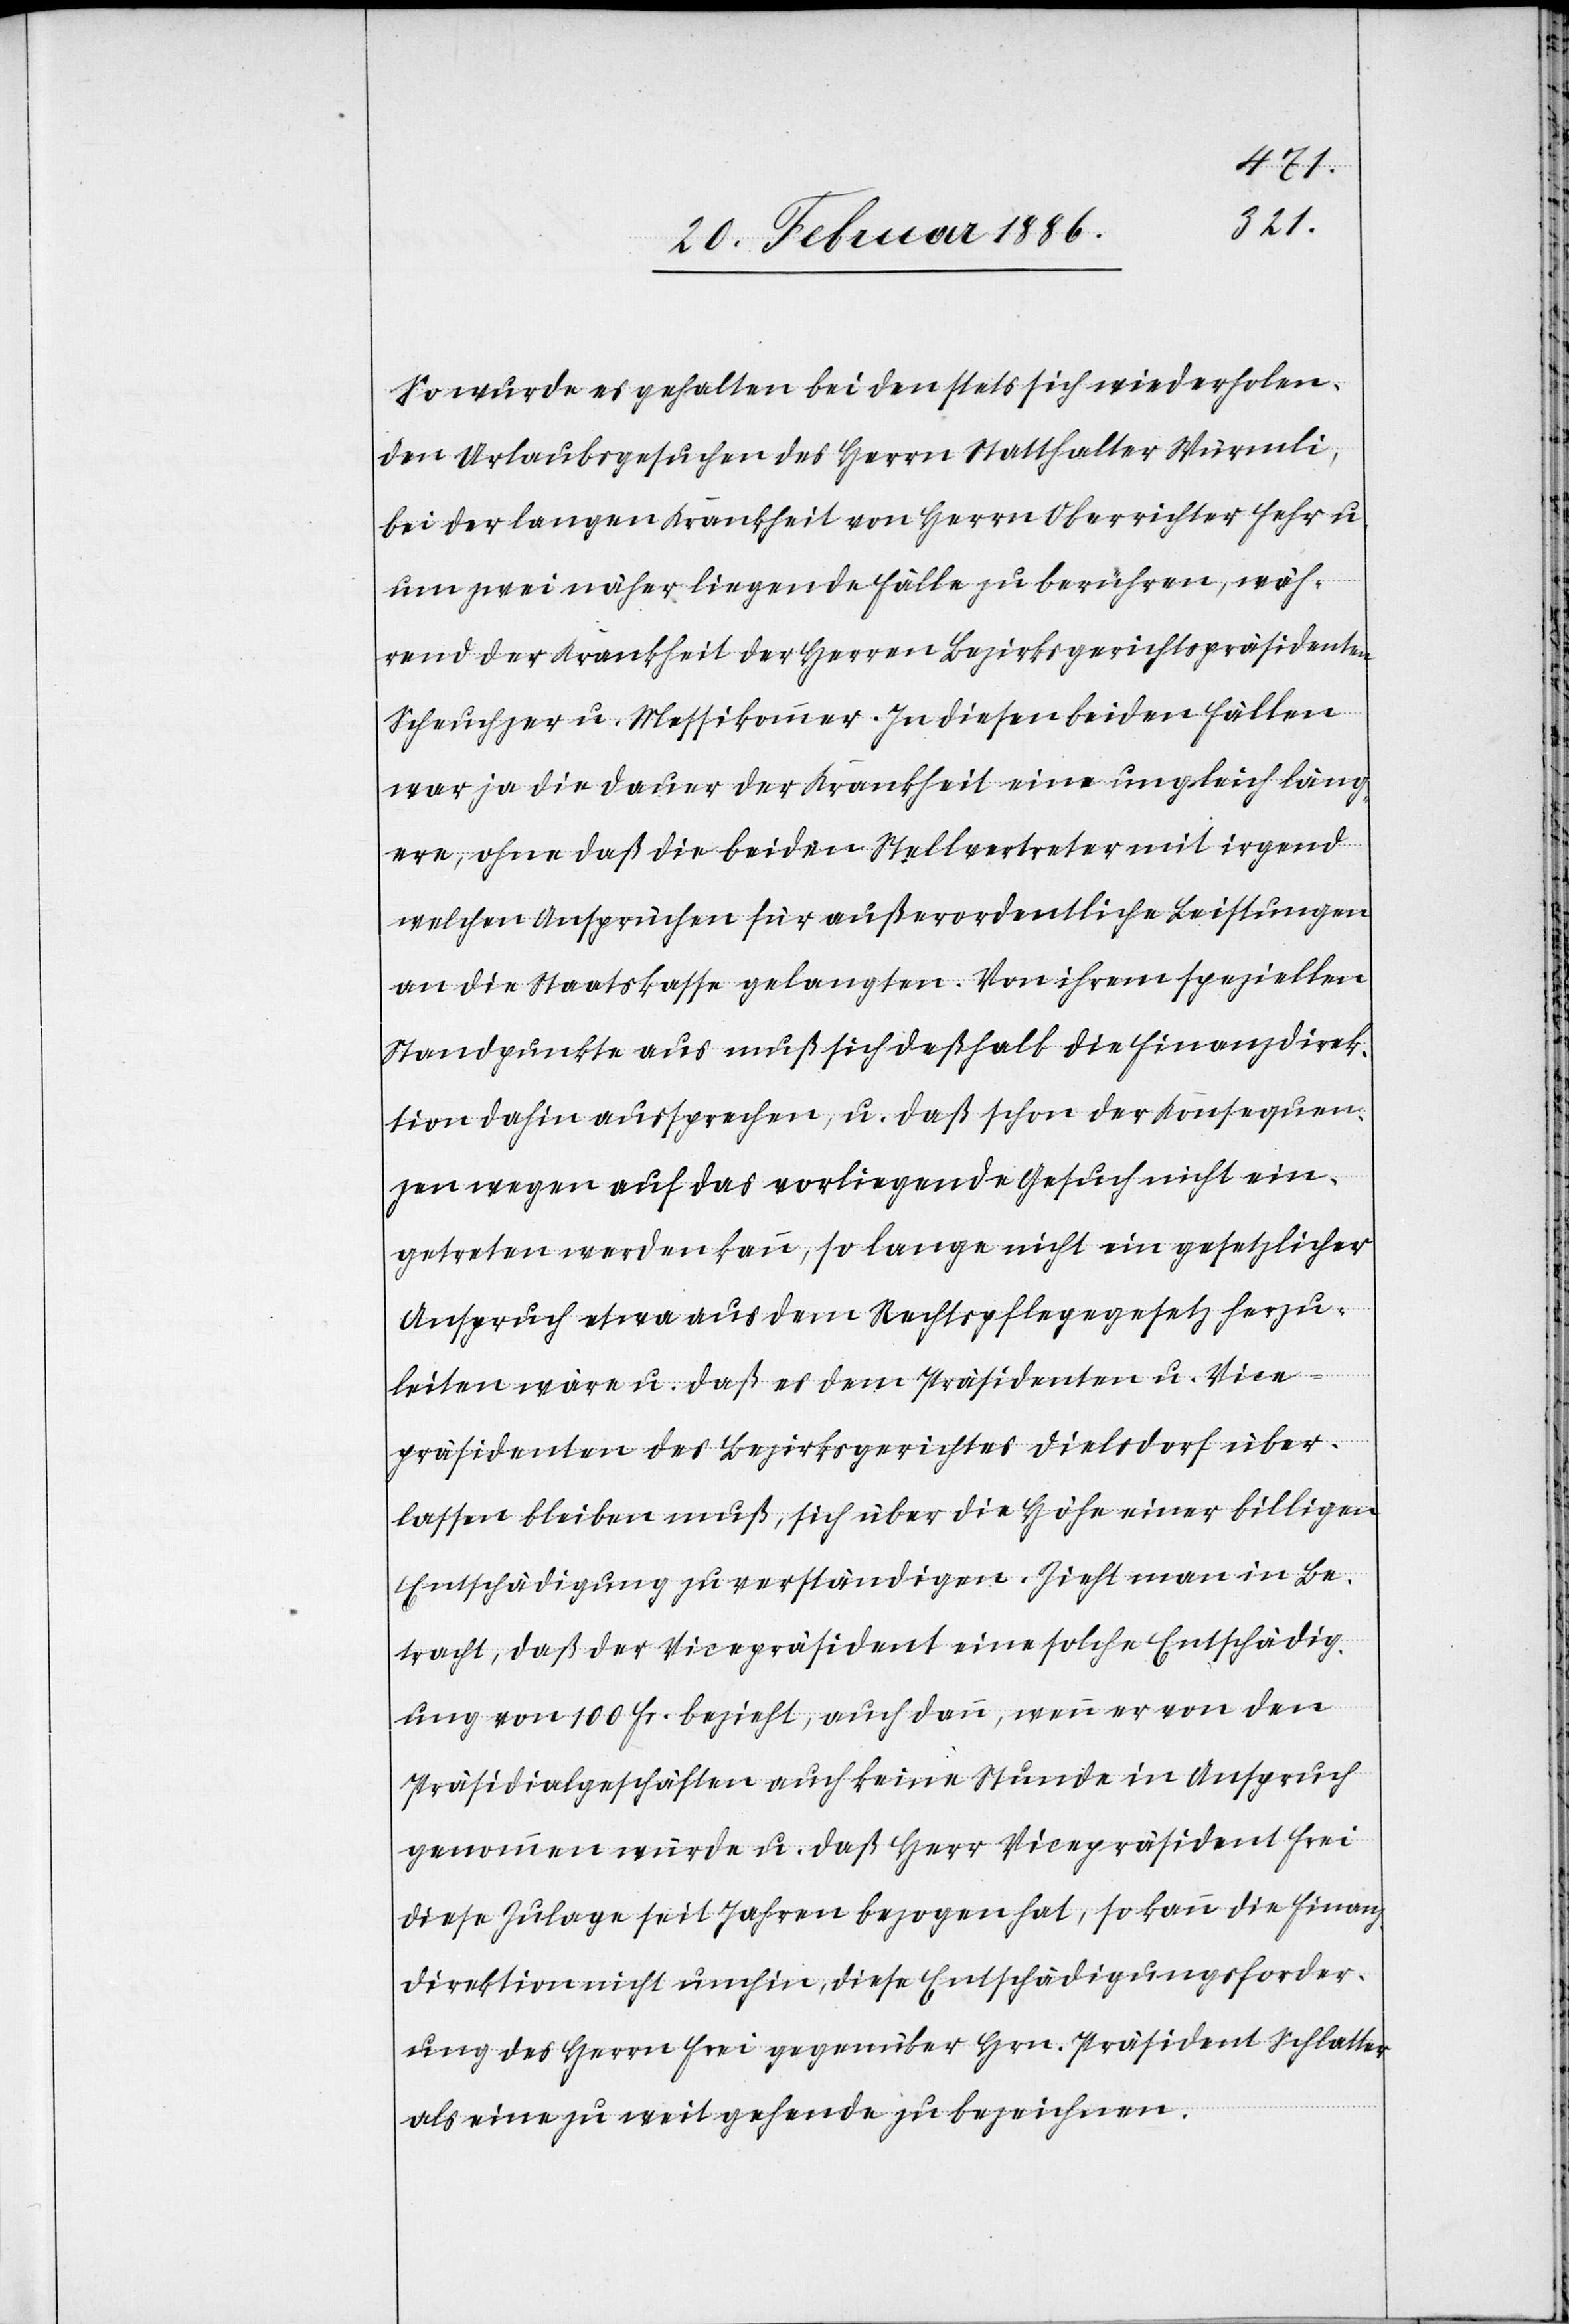
So wurde es gehalten bei den stets sich wiederholen¬
den Urlaubsgesuchen des Herrn Statthalter Würmli,
bei der langen Krankheit von Herrn Oberrichter Fehr u.
um zwei näher liegende Fälle zu berühren, wäh¬
rend der Krankheit der Herren Bezirksgerichtspräsidenten
Scheuchzer u. Messikommer. In diesen beiden Fällen
war ja die Dauer der Krankheit eine ungleich läng¬
ere, ohne daß die beiden Stellvertreter mit irgend
welchen Ansprüchen für außerordentlichen Leistungen
an die Staatskasse gelangten. Von ihrem speziellen
Standpunkte aus muß sich deßhalb die Finanzdirek¬
tion dahin aussprechen, u. daß schon der Konsequen¬
zen wegen auf das vorliegende Gesuch nicht ein¬
getreten werden kann, so lange nicht ein gesetzlicher
Anspruch etwa aus dem Rechtspflegegesetz herzu¬
leiten wäre u. daß es dem Präsidenten u. Vice¬
präsidenten des Bezirksgerichtes Dielsdorf über¬
lassen bleiben muß, sich über die Höhe einer billigen
Entschädigung zu verständigen. Zieht man in Be¬
tracht, daß der Vicepräsident eine solche Entschädig¬
ung von 100 Fr. bezieht, auch dann, wenn er von den
Präsidialgeschäften auch keine Stunde in Anspruch
genommen wurde u. daß Herr Vicepräsident Frei
diese Zulage seit Jahren bezogen hat, so kann die Finanz¬
direktion nicht umhin, diese Entschädigungsforder¬
ung des Herrn Frei gegenüber Hrn. Präsident Schlatter
als eine zu weit gehende zu bezeichnen.